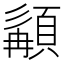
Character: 𩓿